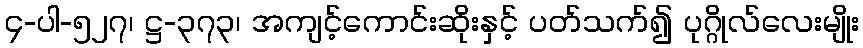
၄-ပါ-၅၂၇၊ ဋ္ဌ-၃၇၃၊ အကျင့်ကောင်းဆိုးနှင့် ပတ်သက်၍ ပုဂ္ဂိုလ်လေးမျိုး